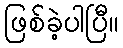
ဖြစ်ခဲ့ပါပြီ။